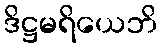
ဒိဋ္ဌမရိယေဘိ